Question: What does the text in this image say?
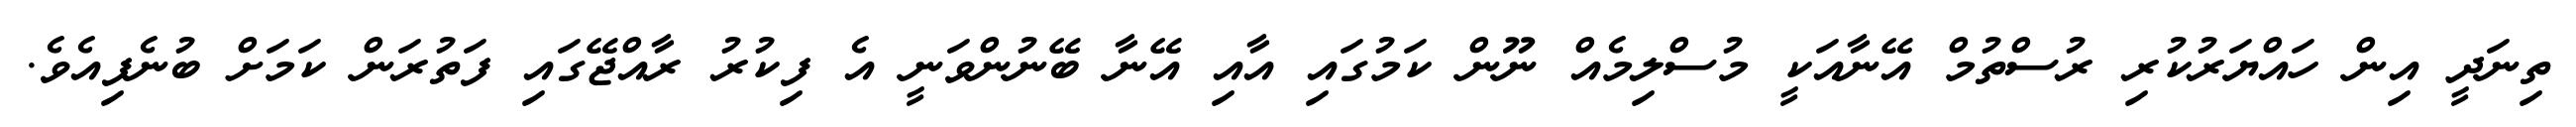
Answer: ތިނަދީ އިން ހައްޔަރުކުރި ރުސްތުމް އޭނާއަކީ މުސްލިމެއް ނޫން ކަމުގައި އާއި އޭނާ ބޭނުންވަނީ އެ ފިކުރު ރާއްޖޭގައި ފަތުރަން ކަމަށް ބުނެފިއެވެ.